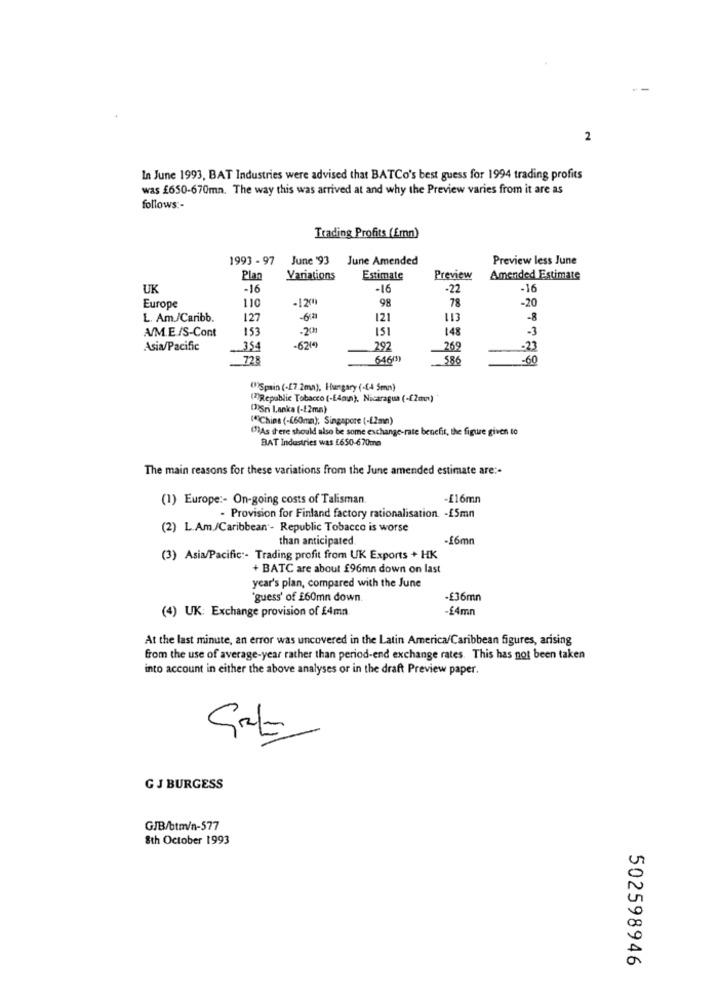
2
In June 1993, BAT Industries were advised that BATCo's best guess for 1994 trading profits
was £650-670mn. The way this was arrived at and why the Preview varies from it are as
follows :-
Trading Profits (Emn)
1993 - 97
June '93 June Amended
Preview less June
Plan
Variations
Estimate
Preview
Amended Estimate
UK
-16
-16
-22
-16
110
-1200
98
78
-20
Europe
L. Am./Caribb.
127
-6.ª
121
113
-8
A/M.E /S-Cont
153
.201
151
148
-3
Asia/Pacific
354
-621
292
269
-23
728
646m)
586
-60
()Spain (-17 2mn), Hungary (-[4 5mn)
(7)Republic Tobacco (-[4min), Nicaragua (-[2mn)
(3)Sri Lanka (-22mm)
(*)Chips (-[60mm); Singapore (-[2mn)
()As i'ere should also be some exchange-rate benefit, the figure given to
BAT Industries was [650-670mm
The main reasons for these variations from the June amended estimate are :-
(1) Europe :- On-going costs of Talisman.
-£16mn
. Provision for Finland factory rationalisation. - 15mn
(2) L.Am./Caribbean - Republic Tobacco is worse
than anticipated
-£6mn
(3) Asia/Pacific :- Trading profit from UK Exports + HK
+ BATC are about £96mn down on last
year's plan, compared with the June
'guess' of £60mn down.
-£36mn
(4) UK: Exchange provision of £4mn.
-£4mn
At the last minute, an error was uncovered in the Latin America/Caribbean figures, arising
from the use of average-year rather than period-end exchange rates. This has not been taken
into account in either the above analyses or in the draft Preview paper.
G J BURGESS
GJB/btm/n-577
8th October 1993
502598946